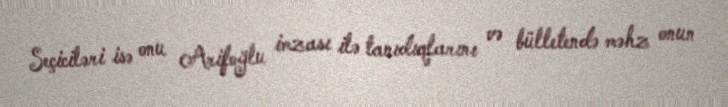
Seçiciləri isə onu Arifoğlu imzası ilə tanıdıqlarını və bülletendə məhz onun